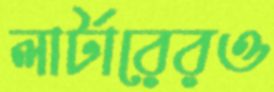
লার্টারেরও